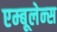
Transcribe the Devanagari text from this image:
एम्‍बूलेन्‍स